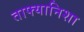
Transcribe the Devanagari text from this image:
ताफ्यानिशा